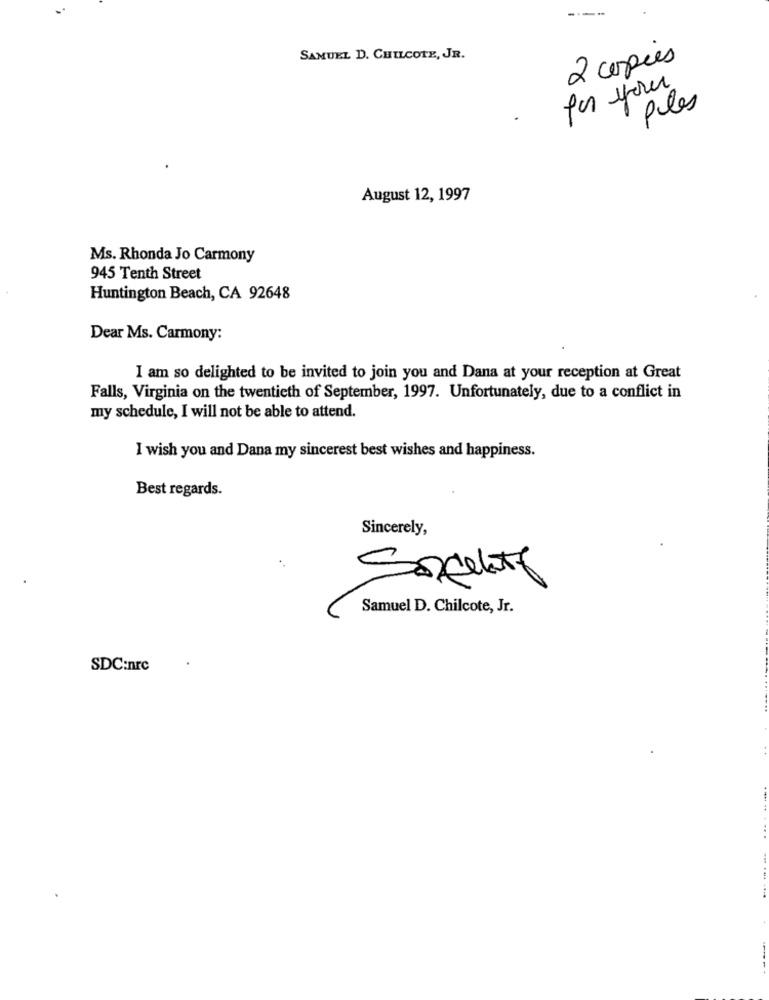
SAMUEL D. CHILCOTE, JR.
2 copies
for your
ples
August 12, 1997
Ms. Rhonda Jo Carmony
945 Tenth Street
Huntington Beach, CA 92648
Dear Ms. Carmony:
I am so delighted to be invited to join you and Dana at your reception at Great
Falls, Virginia on the twentieth of September, 1997. Unfortunately, due to a conflict in
my schedule, I will not be able to attend.
I wish you and Dana my sincerest best wishes and happiness.
Best regards.
Sincerely,
Samuel D. Chilcote, Jr.
SDC:nrc